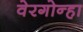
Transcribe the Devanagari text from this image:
वेरगोन्हा